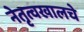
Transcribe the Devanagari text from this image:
नेतृत्वखालचे